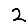
Digit: 2